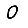
Digit: 0